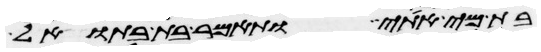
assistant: בת מי אתי ותאמר בת בתואל